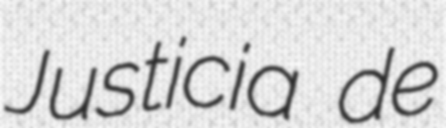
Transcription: Justicia de